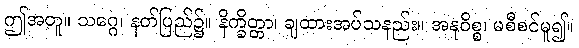
ဤအတူ။ သဂ္ဂေ၊ နတ်ပြည်၌။ နိက္ခိတ္တာ၊ ချထားအပ်သနည်း။ အနုဝိစ္စ၊ မစီစင်မူ၍။